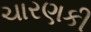
ચારણકી